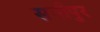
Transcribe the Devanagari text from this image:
समीपुर